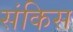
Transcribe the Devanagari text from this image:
संकिस